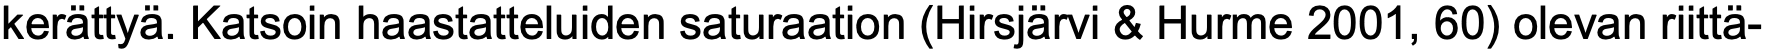
kerättyä. Katsoin haastatteluiden saturaation (Hirsjärvi & Hurme 2001, 60) olevan riittä-